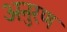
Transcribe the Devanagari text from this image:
अनुरण